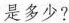
是多少?